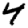
Digit: 4